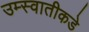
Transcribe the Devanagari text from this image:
उम्स्वातीकडे